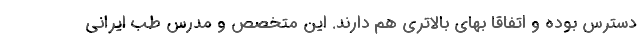
دسترس بوده و اتفاقا بهای بالاتری هم دارند. این متخصص و مدرس طب ایرانی